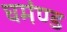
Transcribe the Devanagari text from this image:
घमंण्ड